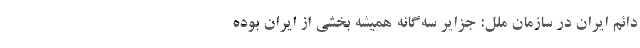
دائم ایران در سازمان ملل: جزایر سه‌گانه همیشه بخشی از ایران بوده‌